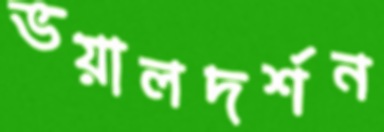
ভয়ালদর্শন